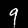
Digit: 9